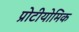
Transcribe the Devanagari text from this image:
प्रोटीयोमिक